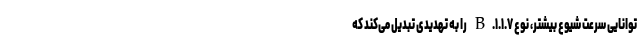
توانایی سرعت شیوع بیشتر، نوع B.۱.۱.۷ را به تهدیدی تبدیل می‌کند که